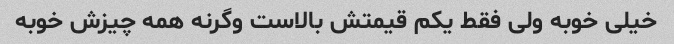
خیلی خوبه ولی فقط یکم قیمتش بالاست وگرنه همه چیزش خوبه